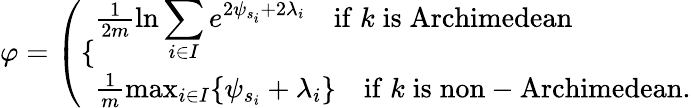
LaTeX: \begin{array}{r}{\varphi=\left(\{ \begin{array}{l}{\frac{1}{2m}\ln\displaystyle\sum_{i\in I}e^{2\psi_{s_{i}}+2\lambda_{i}}\quad\mathrm{if}\; k\; \mathrm{is}\; \mathrm{Archimedean}}\\ {\frac{1}{m}\operatorname*{max}_{i\in I}\{ \psi_{s_{i}}+\lambda_{i}\} \quad\mathrm{if}\; k\; \mathrm{is}\; \mathrm{non-Archimedean}.}\end{array}\right.}\end{array}